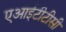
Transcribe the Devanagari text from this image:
एआईटीटीसी